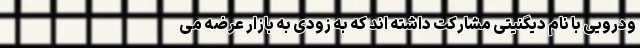
ودرویی با نام دیگنیتی مشارکت داشته اند که به زودی به بازار عرضه می